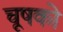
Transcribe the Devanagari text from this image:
चूषको